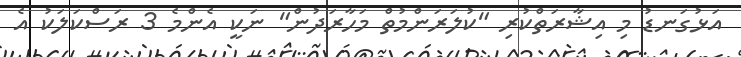
އަޅުގަނޑު މި އިޝާރަތްކުރި "ކުލަރަންމުތް މަހާރަދުން" ނަކީ އެންމެ 3 ރަސްކަލަކު އެ